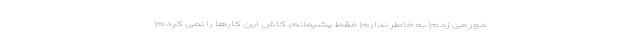
دور می زدم! به خاطر ندارم! فقط پشیمانم، کاش این کارها را نمی کردم!